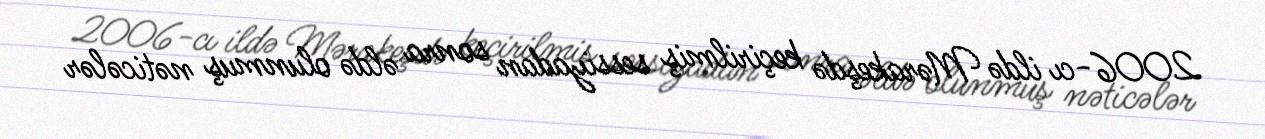
2006-cı ildə Mərakeşdə keçirilmiş sessiyadan sonra əldə olunmuş nəticələr